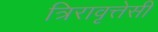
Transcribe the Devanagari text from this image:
त्रिरावृत्तेसी